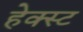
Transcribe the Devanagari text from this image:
हेक्स्ट